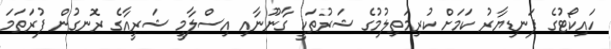
ހައިކޯޓުގެ ފަނޑިޔާރު ކަމަށް ކުރިމަތިލުމުގެ ޝަރުތަކީ ގާނޫނާއި އިސްލާމީ ޝަރީއާގެ ރޮނގުން ފުރަތަމަ